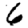
Digit: 6